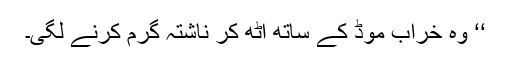
‘‘ وہ خراب موڈ کے ساتھ اُٹھ کر ناشتہ گرم کرنے لگی۔